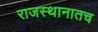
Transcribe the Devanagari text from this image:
राजस्थानातच